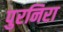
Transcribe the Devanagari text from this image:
पुरनिरा